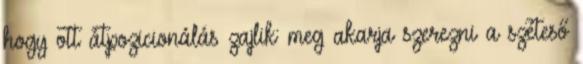
hogy ott átpozicionálás zajlik: meg akarja szerezni a széteső